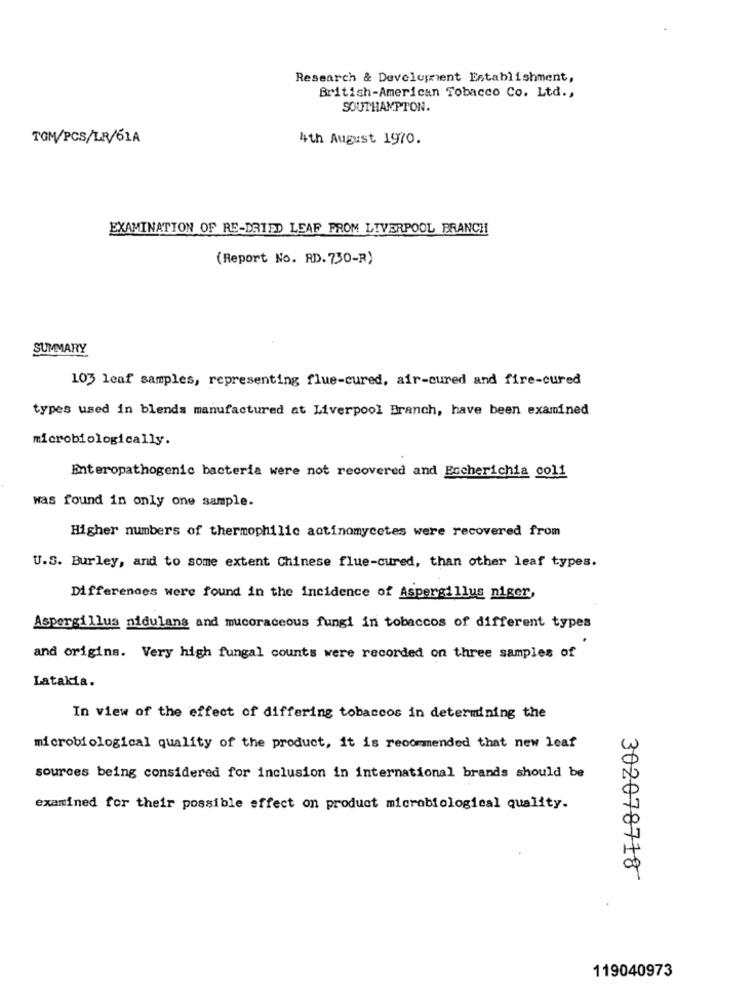
Research & Development Establishment,
British-American Tobacco Co. Ltd .,
SOUTHAMPTON.
TOM/PCS/LR/61A
4th August 1970.
EXAMINATION OF RE-DRIED LEAF PROM LIVERPOOL BRANCH
(Report No. RD. 730-R)
SUMMARY
103 leaf samples, representing flue-cured, air-cured and fire-cured
types used in blends manufactured at Liverpool Branch, have been examined
microbiologically.
Enteropathogenic bacteria were not recovered and Escherichia coli
was found in only one sample.
Higher numbers of thermophilic actinomycetes were recovered from
U.S. Burley, and to some extent Chinese flue-cured, than other leaf types.
Differences were found in the incidence of Aspergillus niger,
Aspergillus nidulans and mucoraceous fungi in tobaccos of different types
and origins. Very high fungal counts were recorded on three samples of
Latakia.
In view of the effect of differing tobaccos in determining the
microbiological quality of the product, it is recommended that new leaf
sources being considered for inclusion in international brands should be
examined for their possible effect on product microbiological quality.
302078718
119040973